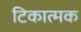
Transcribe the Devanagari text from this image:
टिकात्मक